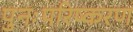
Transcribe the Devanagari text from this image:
पुनःपरिष्करण